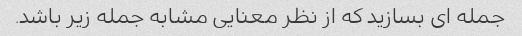
جمله ای بسازید که از نظر معنایی مشابه جمله زیر باشد.